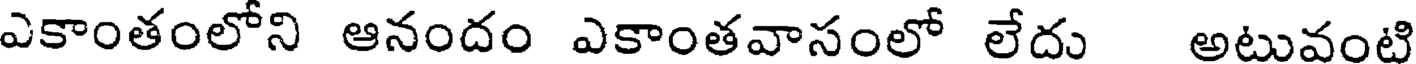
ఎకాంతంలోని ఆనందం ఎకాంతవాసంలో లేదు అటువంటి